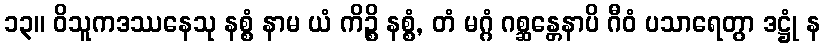
၁၃။ ဝိသူကဒဿနေသု နစ္စံ နာမ ယံ ကိဉ္စိ နစ္စံ, တံ မဂ္ဂံ ဂစ္ဆန္တေနာပိ ဂီဝံ ပသာရေတွာ ဒဋ္ဌုံ န